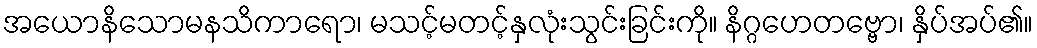
အယောနိသောမနသိကာရော၊ မသင့်မတင့်နှလုံးသွင်းခြင်းကို။ နိဂ္ဂဟေတဗ္ဗော၊ နှိပ်အပ်၏။